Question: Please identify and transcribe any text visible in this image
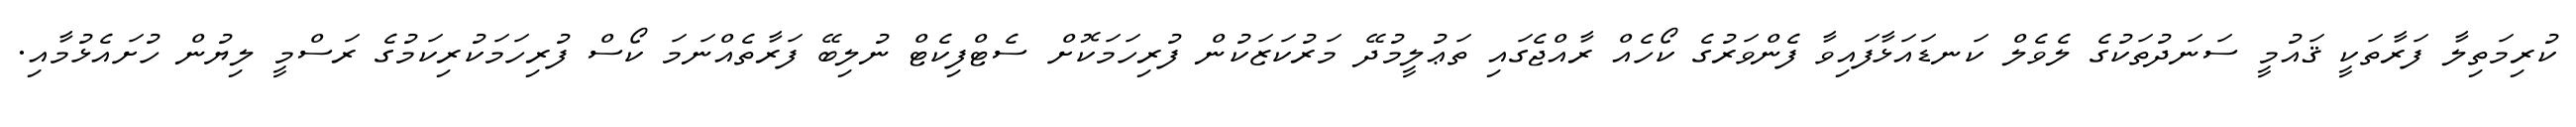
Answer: ކުރިމަތިލާ ފަރާތަކީ ޤައުމީ ސަނަދުތަކުގެ ލެވެލް ކަނޑައަޅާފައިވާ ފެންވަރުގެ ކޯހެއް ރާއްޖެގައި ތަޢުލީމުދޭ މަރުކަޒަކުން ފުރިހަމަކޮށް ސެޓްފިކެޓް ނުލިބޭ ފަރާތެއްނަމަ ކޯސް ފުރިހަމަކުރިކަމުގެ ރަސްމީ ލިޔުން ހުށައެޅުމާއި.